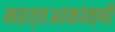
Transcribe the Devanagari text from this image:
महत्वआकांक्षी